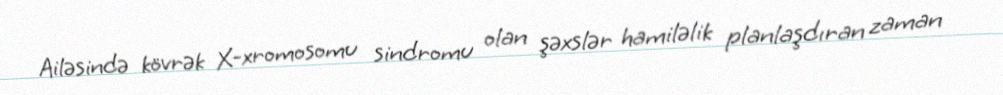
Ailəsində kövrək X-xromosomu sindromu olan şəxslər hamiləlik planlaşdıran zaman